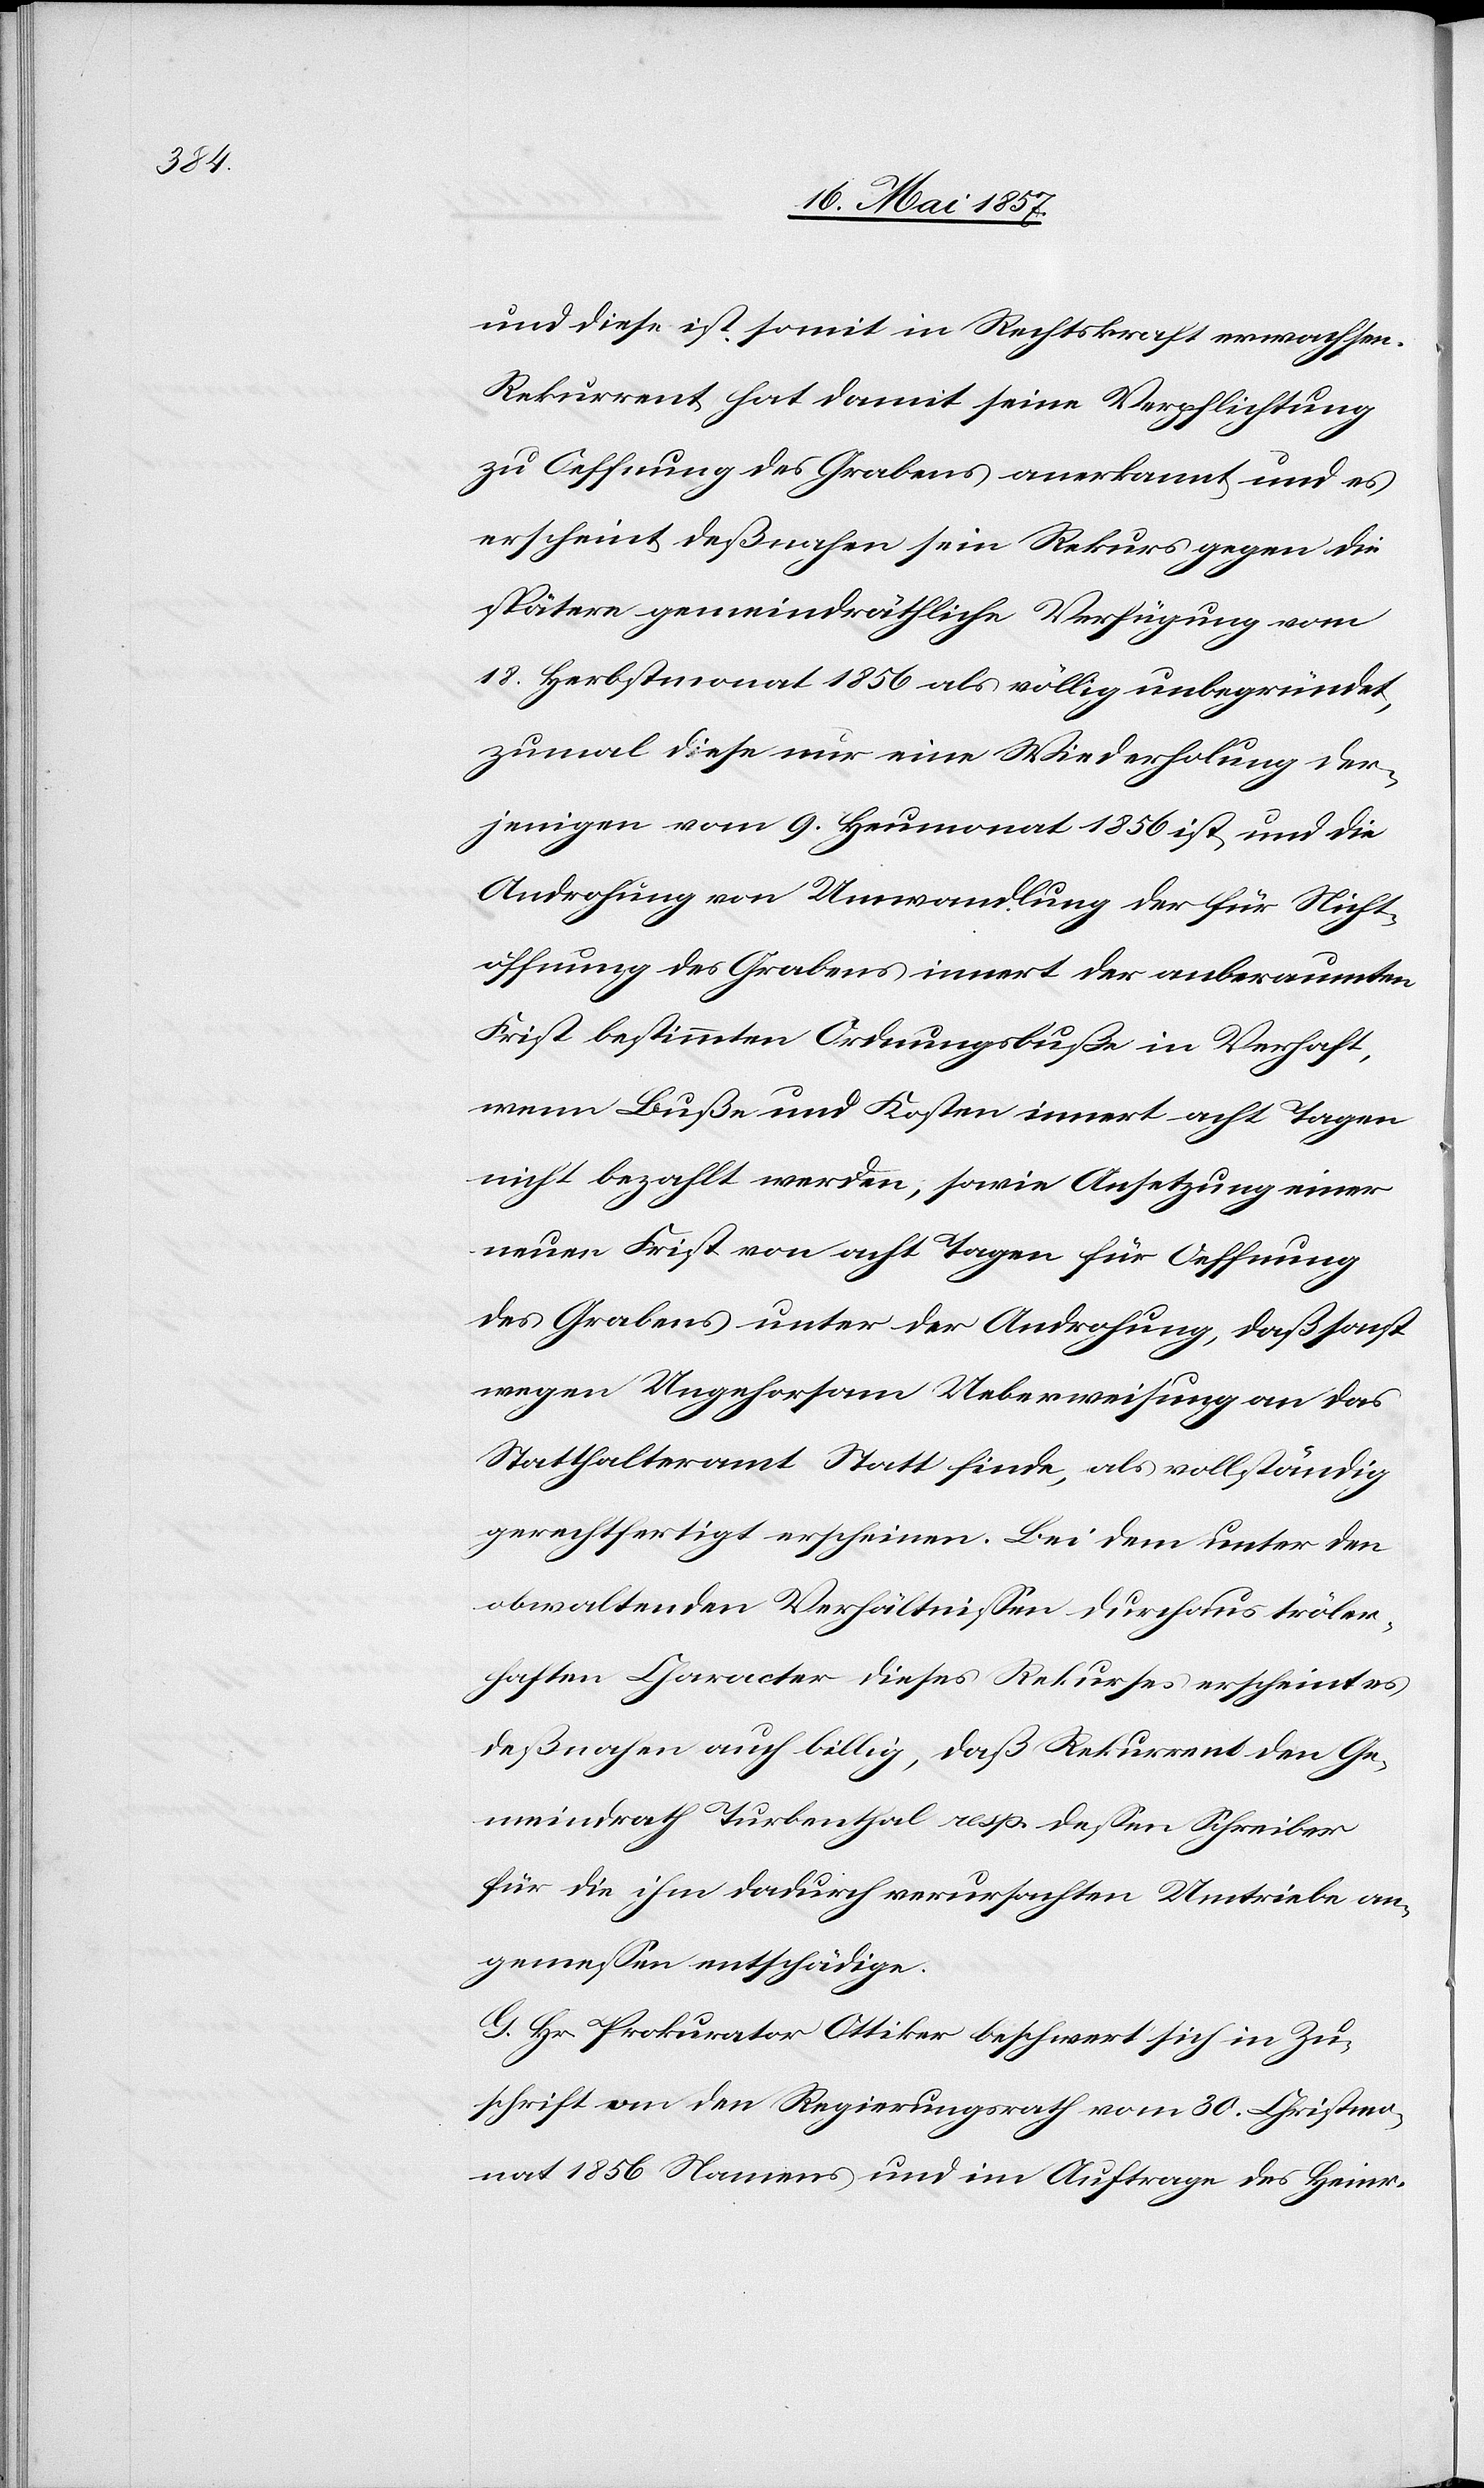
und diese ist somit in Rechtskraft erwachsen.
Rekurrent hat damit seine Verpflichtung
zu Oeffnung des Grabens anerkannt und es
erscheint deßnahen sein Rekurs gegen die
spätere gemeindräthliche Verfügung vom
18 Herbstmonat 1856 als völlig unbegründet,
zumal diese nur eine Wiederholung der¬
jenigen vom 9 Heumonat 1856 ist und die
Androhung von Umwandlung der für Nicht¬
öffnung des Grabens innert der anberaumten
Frist bestimmten Ordnungsbuße in Verhaft,
wenn Buße und Kosten innert acht Tagen
nicht bezahlt werden, sowie Ansetzung einer
neuen Frist von acht Tagen für Oeffnung
des Grabens unter der Androhung, daß sonst
wegen Ungehorsam Ueberweisung an das
Statthalteramt Statt finde, als vollständig
gerechtfertigt erscheinen. Bei dem unter den
obwaltenden Verhältnissen durchaus tröler¬
haften Charakter dieses Rekurses erscheint es
deßnahen auch billig, daß Rekurrent den Ge¬
meindrath Turbenthal resp. dessen Schreiber
für die ihm dadurch verursachten Umtriebe an¬
gemessen entschädigt.
G. Hr. Prokurator Ottiker beschwert sich in Zu¬
schrift an den Regierungsrath vom 30 Christmo¬
nat 1856 Namens und im Auftrage des Heinr.